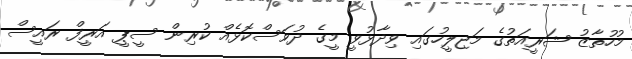
މުހުތާޒު ޝަރީއަތުގެ މަޖިލީހުގައި ވިދާޅުވީ މީގެ ދުވަސްކޮޅެއް ކުރިން ސީޕީ އަރީފް ރައީސް